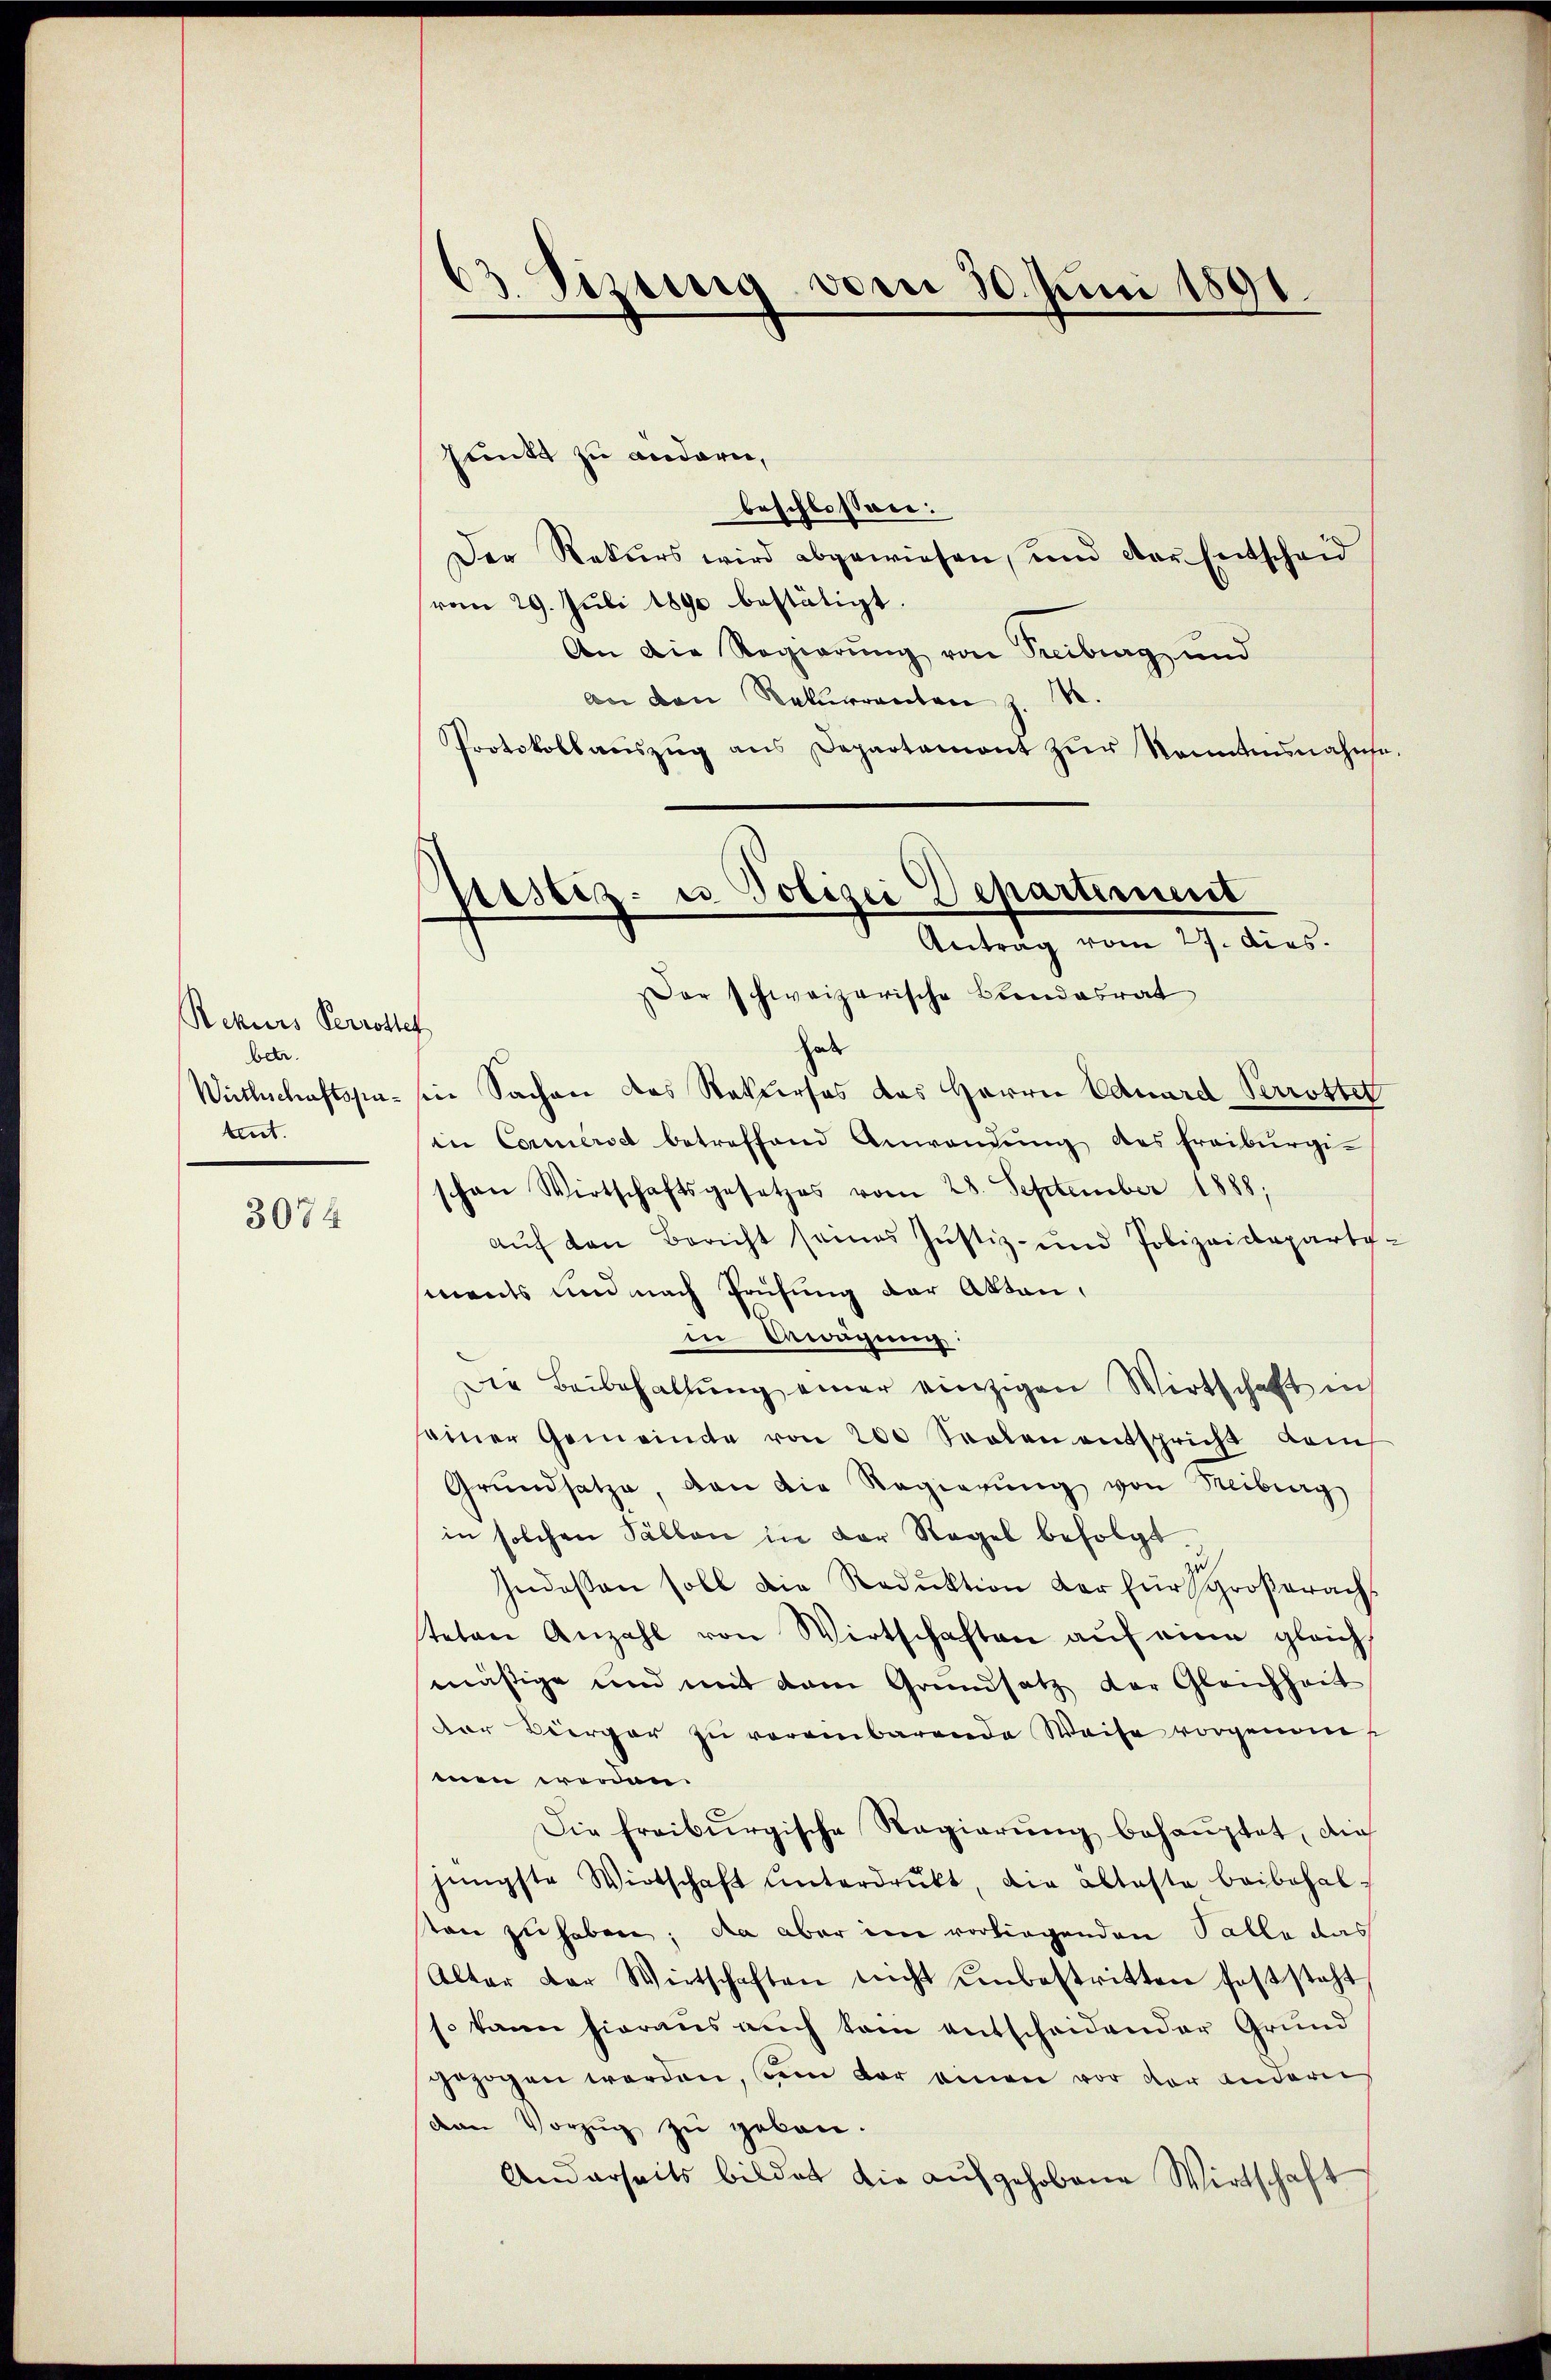
Rekurs Verrotte
betr.
Wirthschaftspatent.

3074

funkt zu andern,
beschlossen:
Der Rekurs wird abgewiesen, und der Entscheid
vom 29. Juli 1890 bestätigt.
An die Regierung von Treiburg und
.
An den Rekurrenten
Protokollaŭszŭg ans Departament zŭr Kenntnisnahme.

.
d. Sizung vom 30. Juni 1891

Aristiz- u Polizei Departement
Antrag vom 27. dies.

ar schweizerische Bundesrat
t
hab
in Sachen des Rekurses des Herrn Eduard Perrottet
in Cornerse betreffend Anwendŭng des Freiburgi-
schon Wirtschaftsgesetzes vom 28. September 1888;
aŭf den Bericht seines Justiz- und Polizeideparti-
ments und nach Prüfung der Akten,
in Bewegung
Die Beibehaltung einer einzigen Wirtschaft uns
einer Gemeinde von 200 Seelen entspricht dam
Grŭndsatze, den die Regierŭng von Reiburg
in solchen Fällen in der Regel befolgt
zu
Indossen soll die Reduktion der für großerachs
teten Anzahl von Wirtschaften auf eine gleich
mäßige und mit dem Grundsatz der Gleichheit
Der Biergar zu verainbarende Weise vorgenommen werden.
Die Freiburgische Regierung behauptet, die
jüngste Wirtschaft ŭnterdrükt, die älteste beibehalton zu haben; da aber im vorliegenden Salle das
Alter der Weitschaften nicht unbestritten feststeht
so kann hieraus auch kam entscheidender Grund
gezogen werden, dein der einen vor der anderei
den Vorzŭg zŭ geben.
Anderseits bildet die aŭfgehobene Wirtschaft